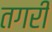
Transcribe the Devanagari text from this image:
तगरी